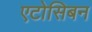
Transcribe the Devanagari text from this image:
एटोसिबन